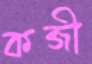
কব্জী